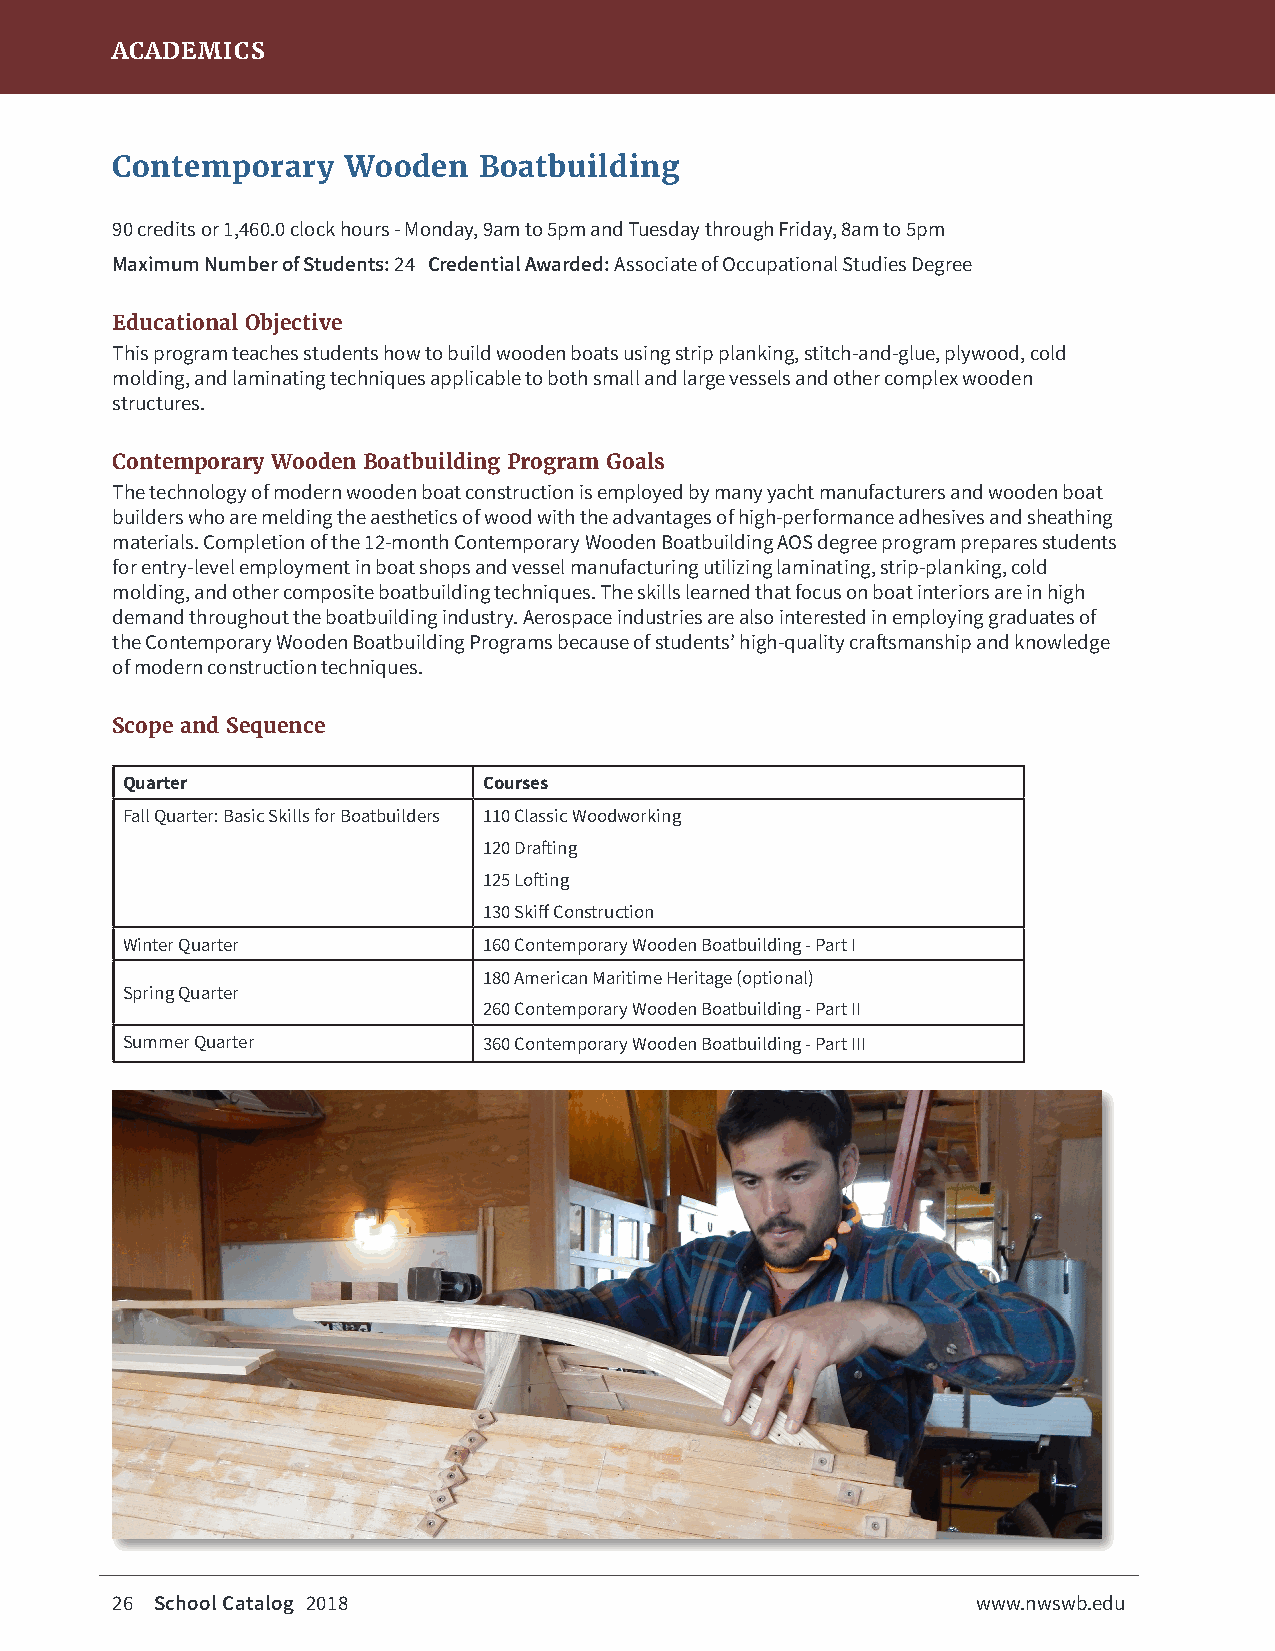
ACADEMICS
 Contemporary    Wooden   Boatbuilding
 90 credits or 1,460.0 clock hours - Monday, 9am to 5pm and Tuesday through Friday, 8am to 5pm
 Maximum Number of Students: 24 Credential Awarded: Associate of Occupational Studies Degree
 Educational Objective
 This program teaches students how to build wooden boats using strip planking, stitch-and-glue, plywood, cold
 molding, and laminating techniques applicable to both small and large vessels and other complex wooden
 structures.
 Contemporary Wooden Boatbuilding Program Goals
 The technology of modern wooden boat construction is employed by many yacht manufacturers and wooden boat
 builders who are melding the aesthetics of wood with the advantages of high-performance adhesives and sheathing
 materials. Completion of the 12-month Contemporary Wooden Boatbuilding AOS degree program prepares students
 for entry-level employment in boat shops and vessel manufacturing utilizing laminating, strip-planking, cold
 molding, and other composite boatbuilding techniques. The skills learned that focus on boat interiors are in high
 demand throughout the boatbuilding industry. Aerospace industries are also interested in employing graduates of
 the Contemporary Wooden Boatbuilding Programs because of students’ high-quality craftsmanship and knowledge
 of modern construction techniques.
 Scope and Sequence
 Quarter                 Courses
 Fall Quarter: Basic Skills for Boatbuilders 110 Classic Woodworking
 120 Drafting
 125 Lofting
 130 Skiff Construction
 Winter Quarter          160 Contemporary Wooden Boatbuilding - Part I
 180 American Maritime Heritage (optional)
 Spring Quarter
 260 Contemporary Wooden Boatbuilding - Part II
 Summer Quarter          360 Contemporary Wooden Boatbuilding - Part III
 26 School Catalog 2018                                    www.nwswb.edu